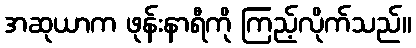
အဆုယာက ဖုန်းနာရီကို ကြည့်လိုက်သည်။